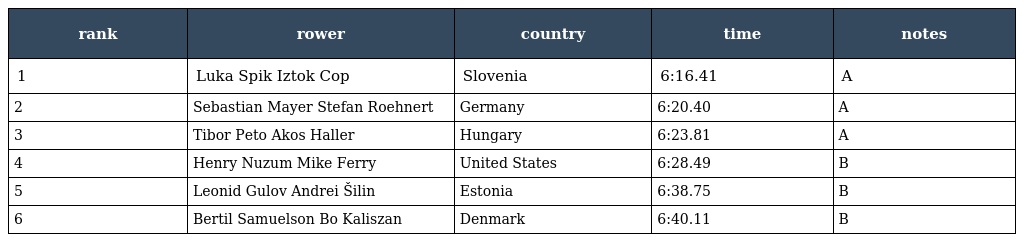
| rank | rower | country | time | notes |
 | --- | --- | --- | --- | --- |
 | 1 | Luka Spik Iztok Cop | Slovenia | 6:16.41 | A |
 | 2 | Sebastian Mayer Stefan Roehnert | Germany | 6:20.40 | A |
 | 3 | Tibor Peto Akos Haller | Hungary | 6:23.81 | A |
 | 4 | Henry Nuzum Mike Ferry | United States | 6:28.49 | B |
 | 5 | Leonid Gulov Andrei Šilin | Estonia | 6:38.75 | B |
 | 6 | Bertil Samuelson Bo Kaliszan | Denmark | 6:40.11 | B |